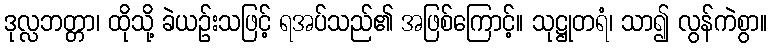
ဒုလ္လဘတ္တာ၊ ထိုသို့ ခဲယဉ်းသဖြင့် ရအပ်သည်၏ အဖြစ်ကြောင့်။ သုဋ္ဌုတရံ၊ သာ၍ လွန်ကဲစွာ။